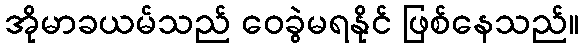
အိုမာခယမ်သည် ဝေခွဲမရနိုင် ဖြစ်နေသည်။